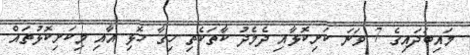
މައިބަދައިގެ 7 ވަނަ ކަށިކޮޅާއި ދެމެދު ކާތަކެތި ހިގާ ހޮޅި އާއި މިކަށިކޮޅުތައް